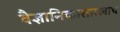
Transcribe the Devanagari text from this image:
वैज्ञानिकासारखाच